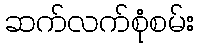
ဆက်လက်စုံစမ်း